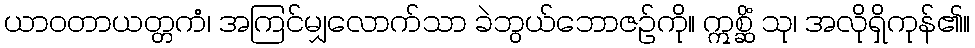
ယာဝတာယတ္တကံ၊ အကြင်မျှလောက်သာ ခဲဘွယ်ဘောဇဉ်ကို။ ဣစ္ဆိံ သု၊ အလိုရှိကုန်၏။